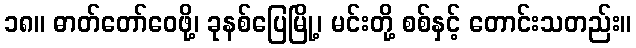
၁၈။ ဓာတ်တော်ဝေဖို့၊ ခုနစ်ပြေမြို့၊ မင်းတို့ စစ်နှင့် တောင်းသတည်း။